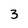
Character: 3